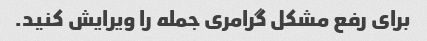
برای رفع مشکل گرامری جمله را ویرایش کنید.